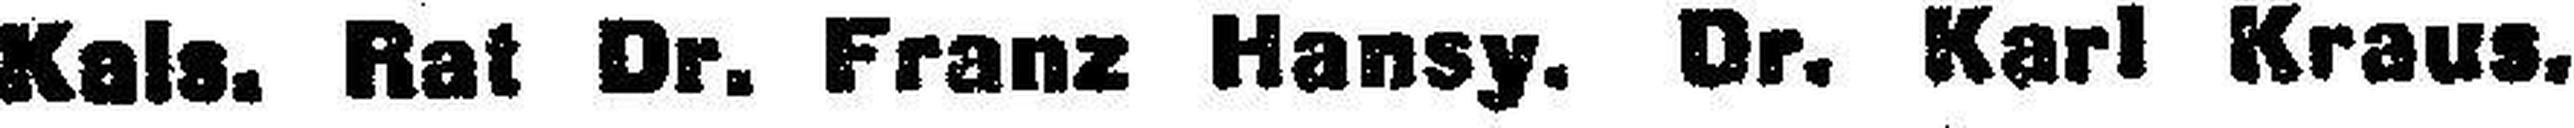
Kals. Rat Dr. Franz Hansy. Dr. Karl Kraus.